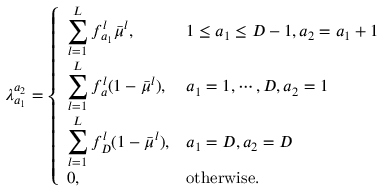
\lambda _ { a _ { 1 } } ^ { a _ { 2 } } = \left\{ \begin{array} { l l } { \displaystyle \sum _ { l = 1 } ^ { L } f _ { a _ { 1 } } ^ { l } \bar { \mu } ^ { l } , } & { 1 \leq a _ { 1 } \leq D - 1 , a _ { 2 } = a _ { 1 } + 1 } \\ { \displaystyle \sum _ { l = 1 } ^ { L } f _ { a } ^ { l } ( 1 - \bar { \mu } ^ { l } ) , } & { a _ { 1 } = 1 , \cdots , D , a _ { 2 } = 1 } \\ { \displaystyle \sum _ { l = 1 } ^ { L } f _ { D } ^ { l } ( 1 - \bar { \mu } ^ { l } ) , } & { a _ { 1 } = D , a _ { 2 } = D } \\ { 0 , } & { \mathrm { o t h e r w i s e . } } \end{array} \right.